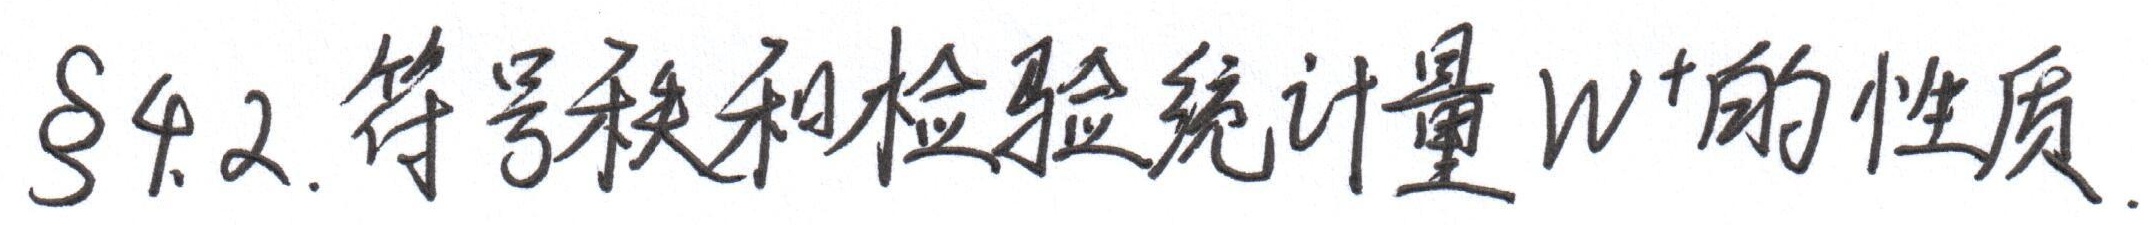
§4.2. 符号秩和检验统计量 \(W^{+}\) 的性质.